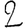
Digit: 2